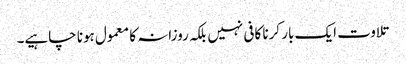
تلاوت ایک بار کرنا کافی نہیں بلکہ روزانہ کا معمول ہونا چاہیے۔